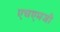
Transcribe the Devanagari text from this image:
एचएमजी